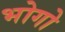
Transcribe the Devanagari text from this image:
भोगो